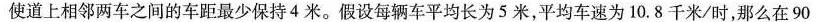
使道上相邻两车之间的车距最少保持4米。假设每辆车平均长为5米，平均车速为10.8千米/时，那么在90